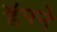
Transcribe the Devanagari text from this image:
डॅफ्ने